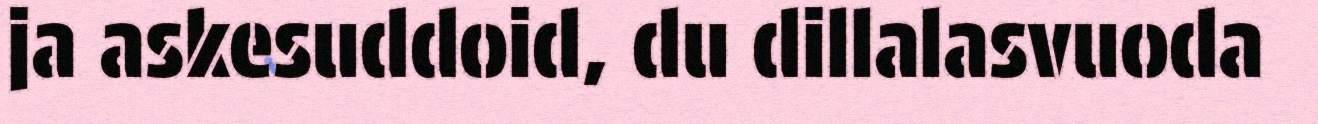
ja askesuddoid, du dillalasvuoda